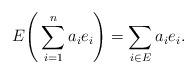
\begin{align*} E\Bigg(\sum_{i=1}^{n} a_i e_i\Bigg) = \sum_{i\in E} a_i e_i.\end{align*}